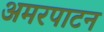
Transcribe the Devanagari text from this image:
अमरपाटन